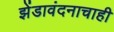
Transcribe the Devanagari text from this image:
झेंडावंदनाचाही